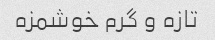
تازه و گرم خوشمزه